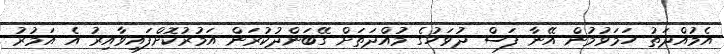
އެމުއްދަތު ހަމަވުމުން އޭނާ ފަސް ދުވަހުގެ މުއްދަތަށް ގޭބަންދުކުރަން އަމުރުކޮށްފައިވާއިރު އެ އަމުރު